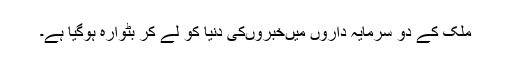
ملک کے دو سرمایہ داروں میںخبروںکی دنیا کو لے کر بٹوارہ ہوگیا ہے۔